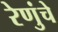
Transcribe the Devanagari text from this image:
रेणुंचे